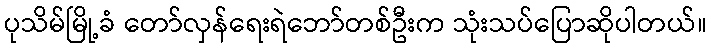
ပုသိမ်မြို့ခံ တော်လှန်ရေးရဲဘော်တစ်ဦးက သုံးသပ်ပြောဆိုပါတယ်။